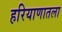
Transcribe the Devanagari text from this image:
हरियाणातला